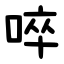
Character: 啐